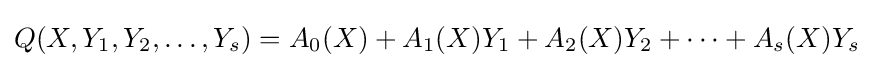
Q(X,Y_{1},Y_{2},\ldots ,Y_{s})=A_{0}(X)+A_{1}(X)Y_{1}+A_{2}(X)Y_{2}+\cdots +A_{s}(X)Y_{s}